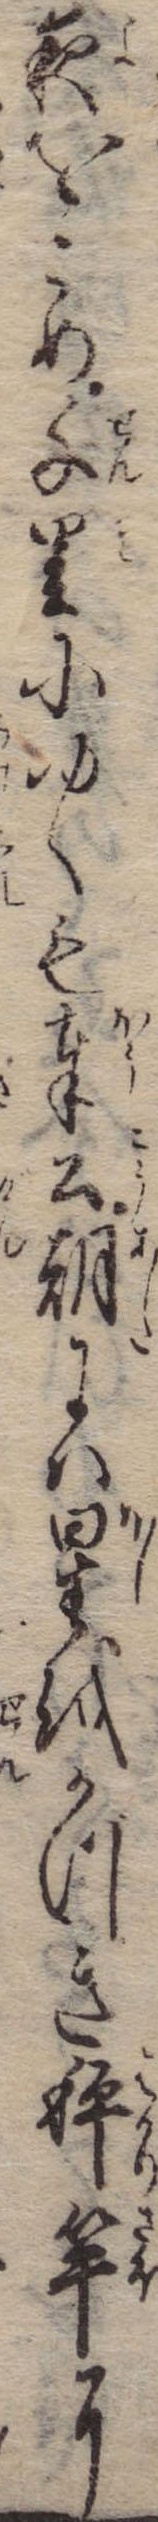
夜をこめ千里にゆくも奉公朝には星をかづき秤竿に